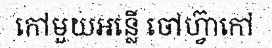
កៅមួយអន្លើ ចៅហ្វ៊ាកៅ